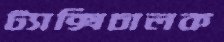
ট্যাক্সিচালক